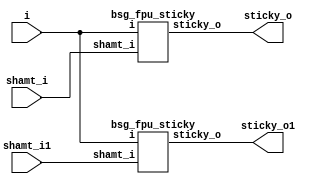


module top
(
  i,
  shamt_i,
  sticky_o,
  shamt_i1, // added for decompiling
  sticky_o1 // added for decompiling
);

  input [31:0] i;
  input [5:0] shamt_i;
  output sticky_o;
  input [5:0] shamt_i1; // added for decompiling
  output sticky_o1; // added for decompiling

  bsg_fpu_sticky
  wrapper
  (
    .i(i),
    .shamt_i(shamt_i),
    .sticky_o(sticky_o)
  );

  bsg_fpu_sticky
  wrapper1
  (
    .i(i),
    .shamt_i(shamt_i1), // added for decompiling
    .sticky_o(sticky_o1) // added for decompiling
  );


endmodule



module bsg_scan_width_p32_or_p1_lo_to_hi_p1
(
  i,
  o
);

  input [31:0] i;
  output [31:0] o;
  wire [31:0] o;
  wire t_4__31_,t_4__30_,t_4__29_,t_4__28_,t_4__27_,t_4__26_,t_4__25_,t_4__24_,
  t_4__23_,t_4__22_,t_4__21_,t_4__20_,t_4__19_,t_4__18_,t_4__17_,t_4__16_,t_4__15_,
  t_4__14_,t_4__13_,t_4__12_,t_4__11_,t_4__10_,t_4__9_,t_4__8_,t_4__7_,t_4__6_,t_4__5_,
  t_4__4_,t_4__3_,t_4__2_,t_4__1_,t_4__0_,t_3__31_,t_3__30_,t_3__29_,t_3__28_,
  t_3__27_,t_3__26_,t_3__25_,t_3__24_,t_3__23_,t_3__22_,t_3__21_,t_3__20_,t_3__19_,
  t_3__18_,t_3__17_,t_3__16_,t_3__15_,t_3__14_,t_3__13_,t_3__12_,t_3__11_,t_3__10_,
  t_3__9_,t_3__8_,t_3__7_,t_3__6_,t_3__5_,t_3__4_,t_3__3_,t_3__2_,t_3__1_,t_3__0_,
  t_2__31_,t_2__30_,t_2__29_,t_2__28_,t_2__27_,t_2__26_,t_2__25_,t_2__24_,t_2__23_,
  t_2__22_,t_2__21_,t_2__20_,t_2__19_,t_2__18_,t_2__17_,t_2__16_,t_2__15_,t_2__14_,
  t_2__13_,t_2__12_,t_2__11_,t_2__10_,t_2__9_,t_2__8_,t_2__7_,t_2__6_,t_2__5_,
  t_2__4_,t_2__3_,t_2__2_,t_2__1_,t_2__0_,t_1__31_,t_1__30_,t_1__29_,t_1__28_,t_1__27_,
  t_1__26_,t_1__25_,t_1__24_,t_1__23_,t_1__22_,t_1__21_,t_1__20_,t_1__19_,t_1__18_,
  t_1__17_,t_1__16_,t_1__15_,t_1__14_,t_1__13_,t_1__12_,t_1__11_,t_1__10_,t_1__9_,
  t_1__8_,t_1__7_,t_1__6_,t_1__5_,t_1__4_,t_1__3_,t_1__2_,t_1__1_,t_1__0_;
  assign t_1__31_ = i[0] | 1'b0;
  assign t_1__30_ = i[1] | i[0];
  assign t_1__29_ = i[2] | i[1];
  assign t_1__28_ = i[3] | i[2];
  assign t_1__27_ = i[4] | i[3];
  assign t_1__26_ = i[5] | i[4];
  assign t_1__25_ = i[6] | i[5];
  assign t_1__24_ = i[7] | i[6];
  assign t_1__23_ = i[8] | i[7];
  assign t_1__22_ = i[9] | i[8];
  assign t_1__21_ = i[10] | i[9];
  assign t_1__20_ = i[11] | i[10];
  assign t_1__19_ = i[12] | i[11];
  assign t_1__18_ = i[13] | i[12];
  assign t_1__17_ = i[14] | i[13];
  assign t_1__16_ = i[15] | i[14];
  assign t_1__15_ = i[16] | i[15];
  assign t_1__14_ = i[17] | i[16];
  assign t_1__13_ = i[18] | i[17];
  assign t_1__12_ = i[19] | i[18];
  assign t_1__11_ = i[20] | i[19];
  assign t_1__10_ = i[21] | i[20];
  assign t_1__9_ = i[22] | i[21];
  assign t_1__8_ = i[23] | i[22];
  assign t_1__7_ = i[24] | i[23];
  assign t_1__6_ = i[25] | i[24];
  assign t_1__5_ = i[26] | i[25];
  assign t_1__4_ = i[27] | i[26];
  assign t_1__3_ = i[28] | i[27];
  assign t_1__2_ = i[29] | i[28];
  assign t_1__1_ = i[30] | i[29];
  assign t_1__0_ = i[31] | i[30];
  assign t_2__31_ = t_1__31_ | 1'b0;
  assign t_2__30_ = t_1__30_ | 1'b0;
  assign t_2__29_ = t_1__29_ | t_1__31_;
  assign t_2__28_ = t_1__28_ | t_1__30_;
  assign t_2__27_ = t_1__27_ | t_1__29_;
  assign t_2__26_ = t_1__26_ | t_1__28_;
  assign t_2__25_ = t_1__25_ | t_1__27_;
  assign t_2__24_ = t_1__24_ | t_1__26_;
  assign t_2__23_ = t_1__23_ | t_1__25_;
  assign t_2__22_ = t_1__22_ | t_1__24_;
  assign t_2__21_ = t_1__21_ | t_1__23_;
  assign t_2__20_ = t_1__20_ | t_1__22_;
  assign t_2__19_ = t_1__19_ | t_1__21_;
  assign t_2__18_ = t_1__18_ | t_1__20_;
  assign t_2__17_ = t_1__17_ | t_1__19_;
  assign t_2__16_ = t_1__16_ | t_1__18_;
  assign t_2__15_ = t_1__15_ | t_1__17_;
  assign t_2__14_ = t_1__14_ | t_1__16_;
  assign t_2__13_ = t_1__13_ | t_1__15_;
  assign t_2__12_ = t_1__12_ | t_1__14_;
  assign t_2__11_ = t_1__11_ | t_1__13_;
  assign t_2__10_ = t_1__10_ | t_1__12_;
  assign t_2__9_ = t_1__9_ | t_1__11_;
  assign t_2__8_ = t_1__8_ | t_1__10_;
  assign t_2__7_ = t_1__7_ | t_1__9_;
  assign t_2__6_ = t_1__6_ | t_1__8_;
  assign t_2__5_ = t_1__5_ | t_1__7_;
  assign t_2__4_ = t_1__4_ | t_1__6_;
  assign t_2__3_ = t_1__3_ | t_1__5_;
  assign t_2__2_ = t_1__2_ | t_1__4_;
  assign t_2__1_ = t_1__1_ | t_1__3_;
  assign t_2__0_ = t_1__0_ | t_1__2_;
  assign t_3__31_ = t_2__31_ | 1'b0;
  assign t_3__30_ = t_2__30_ | 1'b0;
  assign t_3__29_ = t_2__29_ | 1'b0;
  assign t_3__28_ = t_2__28_ | 1'b0;
  assign t_3__27_ = t_2__27_ | t_2__31_;
  assign t_3__26_ = t_2__26_ | t_2__30_;
  assign t_3__25_ = t_2__25_ | t_2__29_;
  assign t_3__24_ = t_2__24_ | t_2__28_;
  assign t_3__23_ = t_2__23_ | t_2__27_;
  assign t_3__22_ = t_2__22_ | t_2__26_;
  assign t_3__21_ = t_2__21_ | t_2__25_;
  assign t_3__20_ = t_2__20_ | t_2__24_;
  assign t_3__19_ = t_2__19_ | t_2__23_;
  assign t_3__18_ = t_2__18_ | t_2__22_;
  assign t_3__17_ = t_2__17_ | t_2__21_;
  assign t_3__16_ = t_2__16_ | t_2__20_;
  assign t_3__15_ = t_2__15_ | t_2__19_;
  assign t_3__14_ = t_2__14_ | t_2__18_;
  assign t_3__13_ = t_2__13_ | t_2__17_;
  assign t_3__12_ = t_2__12_ | t_2__16_;
  assign t_3__11_ = t_2__11_ | t_2__15_;
  assign t_3__10_ = t_2__10_ | t_2__14_;
  assign t_3__9_ = t_2__9_ | t_2__13_;
  assign t_3__8_ = t_2__8_ | t_2__12_;
  assign t_3__7_ = t_2__7_ | t_2__11_;
  assign t_3__6_ = t_2__6_ | t_2__10_;
  assign t_3__5_ = t_2__5_ | t_2__9_;
  assign t_3__4_ = t_2__4_ | t_2__8_;
  assign t_3__3_ = t_2__3_ | t_2__7_;
  assign t_3__2_ = t_2__2_ | t_2__6_;
  assign t_3__1_ = t_2__1_ | t_2__5_;
  assign t_3__0_ = t_2__0_ | t_2__4_;
  assign t_4__31_ = t_3__31_ | 1'b0;
  assign t_4__30_ = t_3__30_ | 1'b0;
  assign t_4__29_ = t_3__29_ | 1'b0;
  assign t_4__28_ = t_3__28_ | 1'b0;
  assign t_4__27_ = t_3__27_ | 1'b0;
  assign t_4__26_ = t_3__26_ | 1'b0;
  assign t_4__25_ = t_3__25_ | 1'b0;
  assign t_4__24_ = t_3__24_ | 1'b0;
  assign t_4__23_ = t_3__23_ | t_3__31_;
  assign t_4__22_ = t_3__22_ | t_3__30_;
  assign t_4__21_ = t_3__21_ | t_3__29_;
  assign t_4__20_ = t_3__20_ | t_3__28_;
  assign t_4__19_ = t_3__19_ | t_3__27_;
  assign t_4__18_ = t_3__18_ | t_3__26_;
  assign t_4__17_ = t_3__17_ | t_3__25_;
  assign t_4__16_ = t_3__16_ | t_3__24_;
  assign t_4__15_ = t_3__15_ | t_3__23_;
  assign t_4__14_ = t_3__14_ | t_3__22_;
  assign t_4__13_ = t_3__13_ | t_3__21_;
  assign t_4__12_ = t_3__12_ | t_3__20_;
  assign t_4__11_ = t_3__11_ | t_3__19_;
  assign t_4__10_ = t_3__10_ | t_3__18_;
  assign t_4__9_ = t_3__9_ | t_3__17_;
  assign t_4__8_ = t_3__8_ | t_3__16_;
  assign t_4__7_ = t_3__7_ | t_3__15_;
  assign t_4__6_ = t_3__6_ | t_3__14_;
  assign t_4__5_ = t_3__5_ | t_3__13_;
  assign t_4__4_ = t_3__4_ | t_3__12_;
  assign t_4__3_ = t_3__3_ | t_3__11_;
  assign t_4__2_ = t_3__2_ | t_3__10_;
  assign t_4__1_ = t_3__1_ | t_3__9_;
  assign t_4__0_ = t_3__0_ | t_3__8_;
  assign o[0] = t_4__31_ | 1'b0;
  assign o[1] = t_4__30_ | 1'b0;
  assign o[2] = t_4__29_ | 1'b0;
  assign o[3] = t_4__28_ | 1'b0;
  assign o[4] = t_4__27_ | 1'b0;
  assign o[5] = t_4__26_ | 1'b0;
  assign o[6] = t_4__25_ | 1'b0;
  assign o[7] = t_4__24_ | 1'b0;
  assign o[8] = t_4__23_ | 1'b0;
  assign o[9] = t_4__22_ | 1'b0;
  assign o[10] = t_4__21_ | 1'b0;
  assign o[11] = t_4__20_ | 1'b0;
  assign o[12] = t_4__19_ | 1'b0;
  assign o[13] = t_4__18_ | 1'b0;
  assign o[14] = t_4__17_ | 1'b0;
  assign o[15] = t_4__16_ | 1'b0;
  assign o[16] = t_4__15_ | t_4__31_;
  assign o[17] = t_4__14_ | t_4__30_;
  assign o[18] = t_4__13_ | t_4__29_;
  assign o[19] = t_4__12_ | t_4__28_;
  assign o[20] = t_4__11_ | t_4__27_;
  assign o[21] = t_4__10_ | t_4__26_;
  assign o[22] = t_4__9_ | t_4__25_;
  assign o[23] = t_4__8_ | t_4__24_;
  assign o[24] = t_4__7_ | t_4__23_;
  assign o[25] = t_4__6_ | t_4__22_;
  assign o[26] = t_4__5_ | t_4__21_;
  assign o[27] = t_4__4_ | t_4__20_;
  assign o[28] = t_4__3_ | t_4__19_;
  assign o[29] = t_4__2_ | t_4__18_;
  assign o[30] = t_4__1_ | t_4__17_;
  assign o[31] = t_4__0_ | t_4__16_;

endmodule



module bsg_fpu_sticky
(
  i,
  shamt_i,
  sticky_o
);

  input [31:0] i;
  input [5:0] shamt_i;
  output sticky_o;
  wire sticky_o,N0,N1,N2,N3,N4,N5,N6,N7,N8,N9,N10,N11,N12,N13,N14,N15,N16,N17,N18,N19,
  N20,N21,N22,N23,N24,N25,N26,N27,N28,N29,N30,N31,N32,N33,N34,N35,N36,N37,N38,N39,
  N40,N41,N42,N43,N44,N45,N46,N47,N48,N49,N50,N51,N52,N53,N54,N55,N56,N57,N58,N59,
  N60,N61,N62,N63,N64,N65,N66,N67,N68,N69,N70,N71,N72,N73,N74,N75,N76,N77,N78,N79,
  N80,N81,N82,N83,N84,N85,N86,N87,N88,N89,N90,N91,N92,N93,N94,N95,N96,N97,N98,N99,
  N100,N101,N102,N103,N104,N105,N106,N107,N108,N109,N110,N111,N112,N113,N114,N115,
  N116,N117,N118,N119,N120,N121,N122,N123,N124,N125,N126,N127,N128,N129,N130,N131,
  N132,N133,N134,N135,N136,N137,N138,N139,N140,N141,N142,N143,N144,N145,N146,N147,
  N148,N149,N150,N151,N152,N153;
  wire [31:0] scan_out;

  bsg_scan_width_p32_or_p1_lo_to_hi_p1
  scan0
  (
    .i(i),
    .o(scan_out)
  );

  assign N119 = shamt_i > { 1'b1, 1'b0, 1'b0, 1'b0, 1'b0, 1'b0 };
  assign N0 = N4 & N5;
  assign N1 = N0 & N6;
  assign N2 = N1 & N7;
  assign N3 = N2 & N8;
  assign N121 = N3 & N9;
  assign N4 = ~shamt_i[5];
  assign N5 = ~shamt_i[4];
  assign N6 = ~shamt_i[3];
  assign N7 = ~shamt_i[2];
  assign N8 = ~shamt_i[0];
  assign N9 = ~shamt_i[1];
  assign N122 = N10 & N11 & (N12 & shamt_i[0]) & N13;
  assign N10 = ~shamt_i[4];
  assign N11 = ~shamt_i[3];
  assign N12 = ~shamt_i[2];
  assign N13 = ~shamt_i[1];
  assign N123 = N14 & N15 & (N16 & N17) & shamt_i[1];
  assign N14 = ~shamt_i[4];
  assign N15 = ~shamt_i[3];
  assign N16 = ~shamt_i[2];
  assign N17 = ~shamt_i[0];
  assign N124 = N18 & N19 & (N20 & shamt_i[0]) & shamt_i[1];
  assign N18 = ~shamt_i[4];
  assign N19 = ~shamt_i[3];
  assign N20 = ~shamt_i[2];
  assign N125 = N21 & N22 & (shamt_i[2] & N23) & N24;
  assign N21 = ~shamt_i[4];
  assign N22 = ~shamt_i[3];
  assign N23 = ~shamt_i[0];
  assign N24 = ~shamt_i[1];
  assign N126 = N25 & N26 & (shamt_i[2] & shamt_i[0]) & N27;
  assign N25 = ~shamt_i[4];
  assign N26 = ~shamt_i[3];
  assign N27 = ~shamt_i[1];
  assign N127 = N28 & N29 & (shamt_i[2] & N30) & shamt_i[1];
  assign N28 = ~shamt_i[4];
  assign N29 = ~shamt_i[3];
  assign N30 = ~shamt_i[0];
  assign N128 = N31 & N32 & (shamt_i[2] & shamt_i[0]) & shamt_i[1];
  assign N31 = ~shamt_i[4];
  assign N32 = ~shamt_i[3];
  assign N129 = N33 & shamt_i[3] & (N34 & N35) & N36;
  assign N33 = ~shamt_i[4];
  assign N34 = ~shamt_i[2];
  assign N35 = ~shamt_i[0];
  assign N36 = ~shamt_i[1];
  assign N130 = N37 & shamt_i[3] & (N38 & shamt_i[0]) & N39;
  assign N37 = ~shamt_i[4];
  assign N38 = ~shamt_i[2];
  assign N39 = ~shamt_i[1];
  assign N131 = N40 & shamt_i[3] & (N41 & N42) & shamt_i[1];
  assign N40 = ~shamt_i[4];
  assign N41 = ~shamt_i[2];
  assign N42 = ~shamt_i[0];
  assign N132 = N43 & shamt_i[3] & (N44 & shamt_i[0]) & shamt_i[1];
  assign N43 = ~shamt_i[4];
  assign N44 = ~shamt_i[2];
  assign N133 = N45 & shamt_i[3] & (shamt_i[2] & N46) & N47;
  assign N45 = ~shamt_i[4];
  assign N46 = ~shamt_i[0];
  assign N47 = ~shamt_i[1];
  assign N134 = N48 & shamt_i[3] & (shamt_i[2] & shamt_i[0]) & N49;
  assign N48 = ~shamt_i[4];
  assign N49 = ~shamt_i[1];
  assign N135 = N50 & shamt_i[3] & (shamt_i[2] & N51) & shamt_i[1];
  assign N50 = ~shamt_i[4];
  assign N51 = ~shamt_i[0];
  assign N136 = N52 & shamt_i[3] & (shamt_i[2] & shamt_i[0]) & shamt_i[1];
  assign N52 = ~shamt_i[4];
  assign N137 = shamt_i[4] & N53 & (N54 & N55) & N56;
  assign N53 = ~shamt_i[3];
  assign N54 = ~shamt_i[2];
  assign N55 = ~shamt_i[0];
  assign N56 = ~shamt_i[1];
  assign N138 = shamt_i[4] & N57 & (N58 & shamt_i[0]) & N59;
  assign N57 = ~shamt_i[3];
  assign N58 = ~shamt_i[2];
  assign N59 = ~shamt_i[1];
  assign N139 = shamt_i[4] & N60 & (N61 & N62) & shamt_i[1];
  assign N60 = ~shamt_i[3];
  assign N61 = ~shamt_i[2];
  assign N62 = ~shamt_i[0];
  assign N140 = shamt_i[4] & N63 & (N64 & shamt_i[0]) & shamt_i[1];
  assign N63 = ~shamt_i[3];
  assign N64 = ~shamt_i[2];
  assign N141 = shamt_i[4] & N65 & (shamt_i[2] & N66) & N67;
  assign N65 = ~shamt_i[3];
  assign N66 = ~shamt_i[0];
  assign N67 = ~shamt_i[1];
  assign N142 = shamt_i[4] & N68 & (shamt_i[2] & shamt_i[0]) & N69;
  assign N68 = ~shamt_i[3];
  assign N69 = ~shamt_i[1];
  assign N143 = shamt_i[4] & N70 & (shamt_i[2] & N71) & shamt_i[1];
  assign N70 = ~shamt_i[3];
  assign N71 = ~shamt_i[0];
  assign N144 = shamt_i[4] & N72 & (shamt_i[2] & shamt_i[0]) & shamt_i[1];
  assign N72 = ~shamt_i[3];
  assign N145 = shamt_i[4] & shamt_i[3] & (N73 & N74) & N75;
  assign N73 = ~shamt_i[2];
  assign N74 = ~shamt_i[0];
  assign N75 = ~shamt_i[1];
  assign N146 = shamt_i[4] & shamt_i[3] & (N76 & shamt_i[0]) & N77;
  assign N76 = ~shamt_i[2];
  assign N77 = ~shamt_i[1];
  assign N147 = shamt_i[4] & shamt_i[3] & (N78 & N79) & shamt_i[1];
  assign N78 = ~shamt_i[2];
  assign N79 = ~shamt_i[0];
  assign N148 = shamt_i[4] & shamt_i[3] & (N80 & shamt_i[0]) & shamt_i[1];
  assign N80 = ~shamt_i[2];
  assign N149 = shamt_i[4] & shamt_i[3] & (shamt_i[2] & N81) & N82;
  assign N81 = ~shamt_i[0];
  assign N82 = ~shamt_i[1];
  assign N150 = shamt_i[4] & shamt_i[3] & (shamt_i[2] & shamt_i[0]) & N83;
  assign N83 = ~shamt_i[1];
  assign N151 = shamt_i[4] & shamt_i[3] & (shamt_i[2] & N84) & shamt_i[1];
  assign N84 = ~shamt_i[0];
  assign N152 = shamt_i[4] & shamt_i[3] & (shamt_i[2] & shamt_i[0]) & shamt_i[1];
  assign sticky_o = (N85)? scan_out[31] : 
                    (N120)? N153 : 1'b0;
  assign N85 = N119;
  assign N153 = (N86)? 1'b0 : 
                (N87)? scan_out[0] : 
                (N88)? scan_out[1] : 
                (N89)? scan_out[2] : 
                (N90)? scan_out[3] : 
                (N91)? scan_out[4] : 
                (N92)? scan_out[5] : 
                (N93)? scan_out[6] : 
                (N94)? scan_out[7] : 
                (N95)? scan_out[8] : 
                (N96)? scan_out[9] : 
                (N97)? scan_out[10] : 
                (N98)? scan_out[11] : 
                (N99)? scan_out[12] : 
                (N100)? scan_out[13] : 
                (N101)? scan_out[14] : 
                (N102)? scan_out[15] : 
                (N103)? scan_out[16] : 
                (N104)? scan_out[17] : 
                (N105)? scan_out[18] : 
                (N106)? scan_out[19] : 
                (N107)? scan_out[20] : 
                (N108)? scan_out[21] : 
                (N109)? scan_out[22] : 
                (N110)? scan_out[23] : 
                (N111)? scan_out[24] : 
                (N112)? scan_out[25] : 
                (N113)? scan_out[26] : 
                (N114)? scan_out[27] : 
                (N115)? scan_out[28] : 
                (N116)? scan_out[29] : 
                (N117)? scan_out[30] : 
                (N118)? scan_out[31] : 1'b0;
  assign N86 = N121;
  assign N87 = N122;
  assign N88 = N123;
  assign N89 = N124;
  assign N90 = N125;
  assign N91 = N126;
  assign N92 = N127;
  assign N93 = N128;
  assign N94 = N129;
  assign N95 = N130;
  assign N96 = N131;
  assign N97 = N132;
  assign N98 = N133;
  assign N99 = N134;
  assign N100 = N135;
  assign N101 = N136;
  assign N102 = N137;
  assign N103 = N138;
  assign N104 = N139;
  assign N105 = N140;
  assign N106 = N141;
  assign N107 = N142;
  assign N108 = N143;
  assign N109 = N144;
  assign N110 = N145;
  assign N111 = N146;
  assign N112 = N147;
  assign N113 = N148;
  assign N114 = N149;
  assign N115 = N150;
  assign N116 = N151;
  assign N117 = N152;
  assign N118 = shamt_i[5];
  assign N120 = ~N119;

endmodule